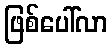
ဖြစ်ပေါ်လာ